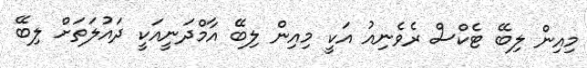
މިއިން ލިބޭ ޓެކްސް ރެވެނިއު އަކީ މިއިން ލިބޭ އާމްދަނީއަކީ ދައުލަތަށް ލިބޭ